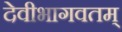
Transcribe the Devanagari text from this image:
देवीभागवतम्